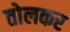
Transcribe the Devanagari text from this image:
तोलकर